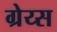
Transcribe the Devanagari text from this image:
ग्रेय्स